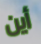
أين